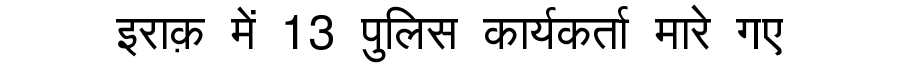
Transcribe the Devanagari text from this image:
इराक़ में 13 पुलिस कार्यकर्ता मारे गए